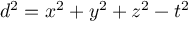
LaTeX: d ^ { 2 } = x ^ { 2 } + y ^ { 2 } + z ^ { 2 } - t ^ { 2 }